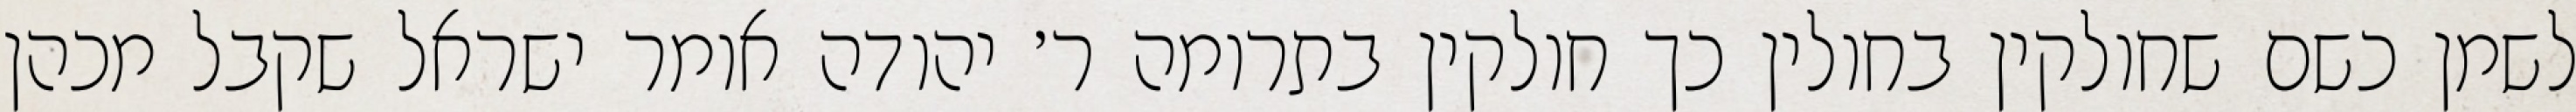
לשמן כשם שחולקין בחולין כך חולקין בתרומה ר׳ יהודה אומר ישראל שקבל מכהן